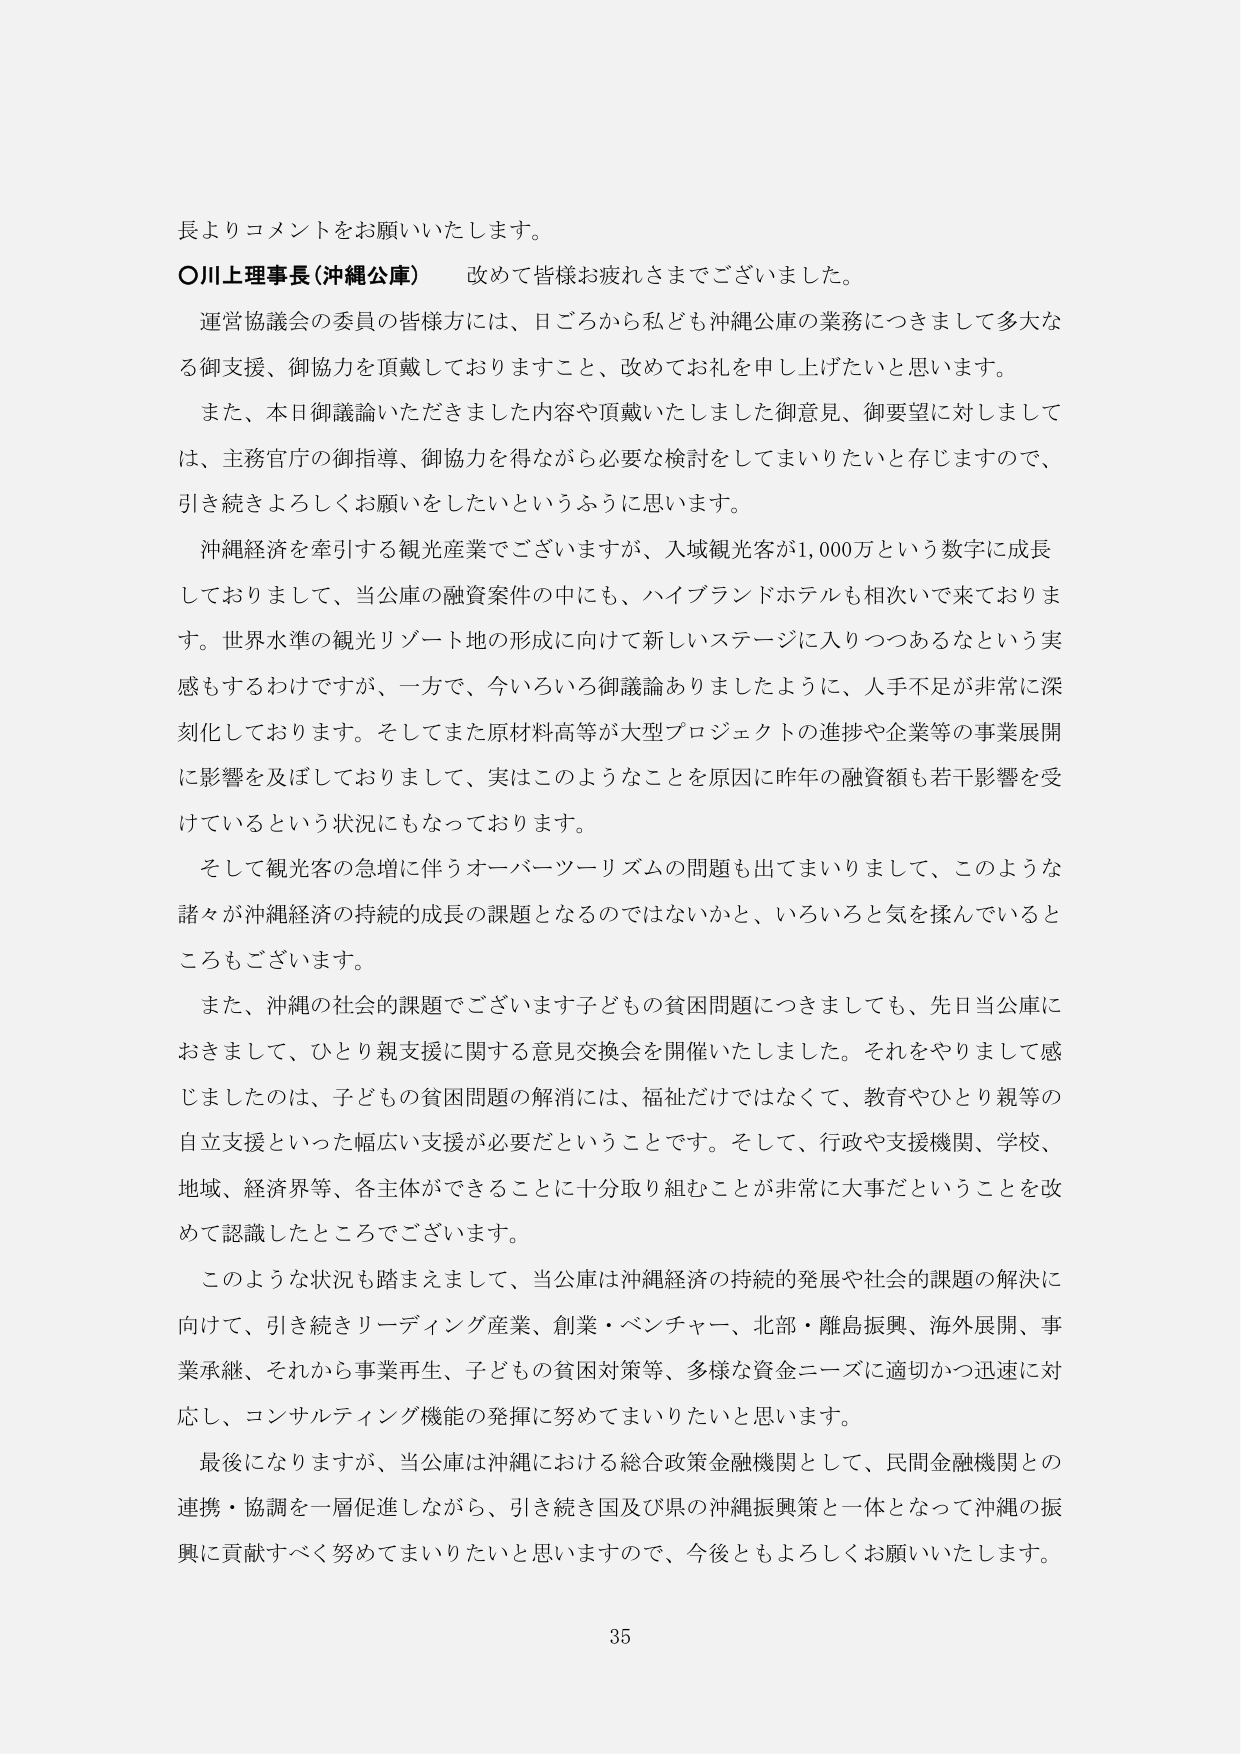
長よりコメントをお願いいたします。

○川上理事長（沖縄公庫）　改めて皆様お疲れさまでございました。

運営協議会の委員の皆様方には、日ごろから私ども沖縄公庫の業務につきまして多大なる御支援、御協力を頂戴しておりますこと、改めてお礼を申し上げたいと思います。

また、本日御議論いただきました内容や頂戴いたしました御意見、御要望に対しましては、主務官庁の御指導、御協力を得ながら必要な検討をしてまいりたいと存じますので、引き続きよろしくお願いをしたいというふうに思います。

沖縄経済を牽引する観光産業でございますが、入域観光客が1,000万という数字に成長しておりまして、当公庫の融資案件の中にも、ハイブランドホテルも相次いで来ております。世界水準の観光リゾート地の形成に向けて新しいステージに入りつつあるという実感もするわけですが、一方で、今いろいろ御議論ありましたように、人手不足が非常に深刻化しております。そしてまた原材料高などが大型プロジェクトの進捗や企業等の事業展開に影響を及ぼしておりまして、実はこのようなことを原因に昨年の融資額も若干影響を受けているという状況にもなっております。

そして観光客の急増に伴うオーバーツーリズムの問題も出てまいりまして、このような諸々が沖縄経済の持続的成長の課題となるのではないかと、いろいろと気を揉んでいるところもございます。

また、沖縄の社会的課題でございます子どもの貧困問題につきましても、先日当公庫におきまして、ひとり親支援に関する意見交換会を開催いたしました。それをやりまして感じましたのは、子どもの貧困問題の解消には、福祉だけではなくて、教育やひとり親等の自立支援といった幅広い支援が必要だということです。そして、行政や支援機関、学校、地域、経済界等、各主体ができることに十分取り組むことが非常に大事だということを改めて認識したところでございます。

このような状況も踏まえまして、当公庫は沖縄経済の持続的発展や社会的課題の解決に向けて、引き続きリーディング産業、創業・ベンチャー、北部・離島振興、海外展開、事業承継、それから事業再生、子どもの貧困対策等、多様な資金ニーズに適切かつ迅速に対応し、コンサルティング機能の発揮に努めてまいりたいと思います。

最後になりますが、当公庫は沖縄における総合政策金融機関として、民間金融機関との連携・協調を一層促進しながら、引き続き国及び県の沖縄振興策と一体となって沖縄の振興に貢献すべく努めてまいりたいと思いますので、今後ともよろしくお願いいたします。

35